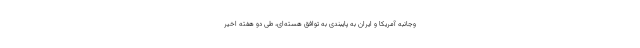
وجانبه آمریکا و ایران به پایبندی به توافق هسته‌ای، طی دو هفته اخیر